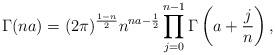
LaTeX: \begin{align*}\Gamma(n a) = (2\pi)^{\frac{1-n}{2}} n^{n a - \frac{1}{2}} \prod_{j=0}^{n-1} \Gamma\left(a + \frac{j}{n}\right),\end{align*}